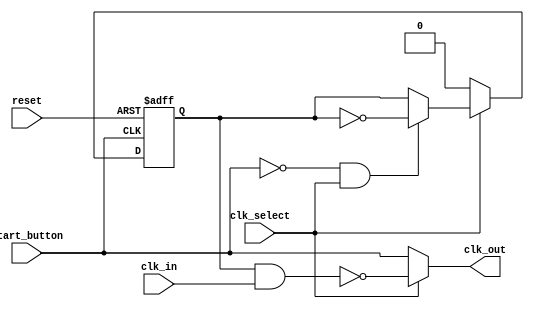
/* clockSync.v
 * UMAINE ECE 473
 * Initial Author: Ryan Kinney <ryan.kinney@maine.edu>
 * Description:
    Allows the user to pause, unpause, and reset the clock.
	 Used in tandem with the CLOCK_DIV in order to not press
	 a pushbutton thousands of times.
*/

module clockSync(clk_in, start_button, reset, clk_select, clk_out);
	input wire clk_in, start_button, reset, clk_select;
	output reg clk_out;
	
	reg started; // on vs off flag
	
	always @(posedge reset or negedge start_button) begin
		if(reset) begin
			// reset, turn off clock
			started <= 1'b0;
		end else if(!clk_select) begin
			// clock in manual mode, turn off oscillator
			started <= 1'b0;
		end else if (!start_button && clk_select) begin
			started <= ~started; // button pressed, toggle the clock status
		end
	end

	always @* begin // set the clk_out to clk_in if the clock is running
		if(!clk_select) begin
			clk_out = start_button;
		end else begin
			clk_out = !(started && clk_in);
		end
	end
	
endmodule